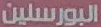
البورسلين